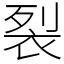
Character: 裂